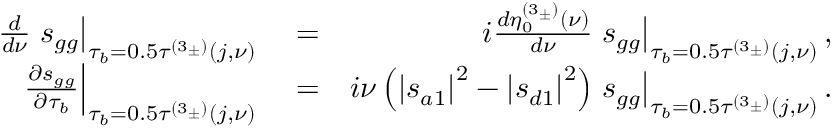
\begin{array} { r l r } { \frac { d } { d \nu } \left. s _ { g g } \right\vert _ { \tau _ { b } = 0 . 5 \tau ^ { \left( 3 _ { \pm } \right) } \left( j , \nu \right) } } & { { } = } & { i \frac { d \eta _ { 0 } ^ { \left( 3 _ { \pm } \right) } \left( \nu \right) } { d \nu } \left. s _ { g g } \right\vert _ { \tau _ { b } = 0 . 5 \tau ^ { \left( 3 _ { \pm } \right) } \left( j , \nu \right) } , } \\ { \left. \frac { \partial s _ { g g } } { \partial \tau _ { b } } \right\vert _ { \tau _ { b } = 0 . 5 \tau ^ { \left( 3 _ { \pm } \right) } \left( j , \nu \right) } } & { { } = } & { i \nu \left( \left\vert s _ { a 1 } \right\vert ^ { 2 } - \left\vert s _ { d 1 } \right\vert ^ { 2 } \right) \left. s _ { g g } \right\vert _ { \tau _ { b } = 0 . 5 \tau ^ { \left( 3 _ { \pm } \right) } \left( j , \nu \right) } . } \end{array}